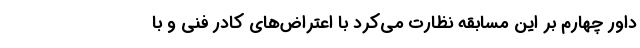
داور چهارم بر این مسابقه نظارت می‌کرد با اعتراض‌های کادر فنی و با